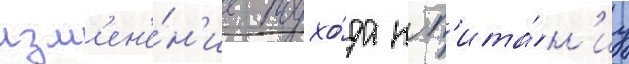
изм'ен'е́н'ие подхо́да к п'ита́н'иу